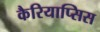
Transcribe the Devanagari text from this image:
कैरियाप्सिस